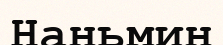
Наньмин